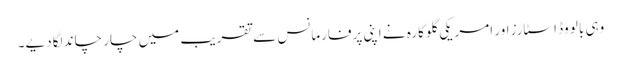
وہی بالو وڈ اسٹارز اور امریکی گلوکارہ نے اپنی پرفارمانس سے تقریب میں چار چاند لگادیے۔